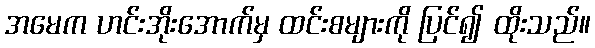
အမေက ဟင်းအိုးအောက်မှ ထင်းစများကို ပြင်၍ ထိုးသည်။